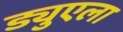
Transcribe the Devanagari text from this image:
ड्युएला